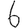
Digit: 6